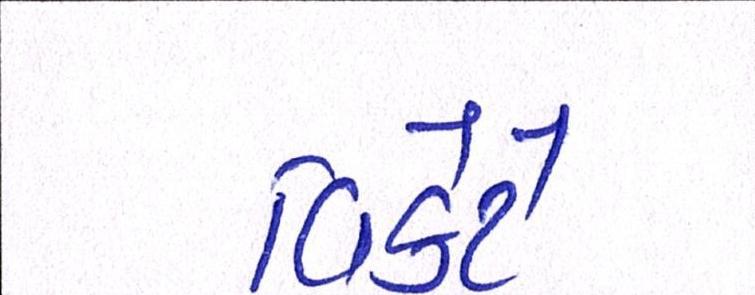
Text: વિકેટે